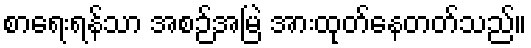
စာရေးရန်သာ အစဉ်အမြဲ အားထုတ်နေတတ်သည်။